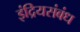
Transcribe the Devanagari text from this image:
इंद्रियसंबंध